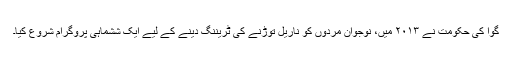
گوا کی حکومت نے ۲۰۱۳ میں، نوجوان مردوں کو ناریل توڑنے کی ٹریننگ دینے کے لیے ایک ششماہی پروگرام شروع کیا۔